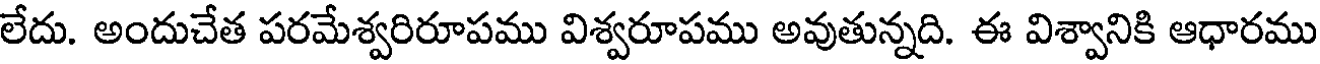
లేదు. అందుచేత పరమేశ్వరిరూపము విశ్వరూపము అవుతున్నది. ఈ విశ్వానికి ఆధారము